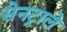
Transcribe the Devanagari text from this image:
सेनट्राले